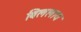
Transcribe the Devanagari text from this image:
बिललाय